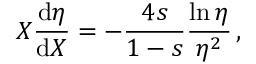
X \frac { \mathrm { d } \eta } { \mathrm { d } X } = - \frac { 4 s } { 1 - s } \frac { \ln \eta } { \eta ^ { 2 } } \, ,